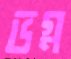
ভগ্ন